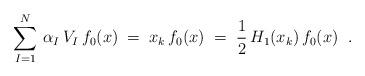
LaTeX: \begin{align*}\sum_{I=1}^N \, \alpha_I \, V_I \, f_0(x) \;=\; x_k \,f_0(x) \;=\; \frac{1}{2} \, H_1(x_k) \, f_0(x) \;\;.\end{align*}